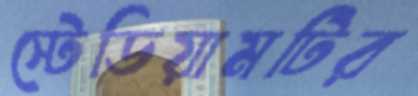
স্টেডিয়ামটির